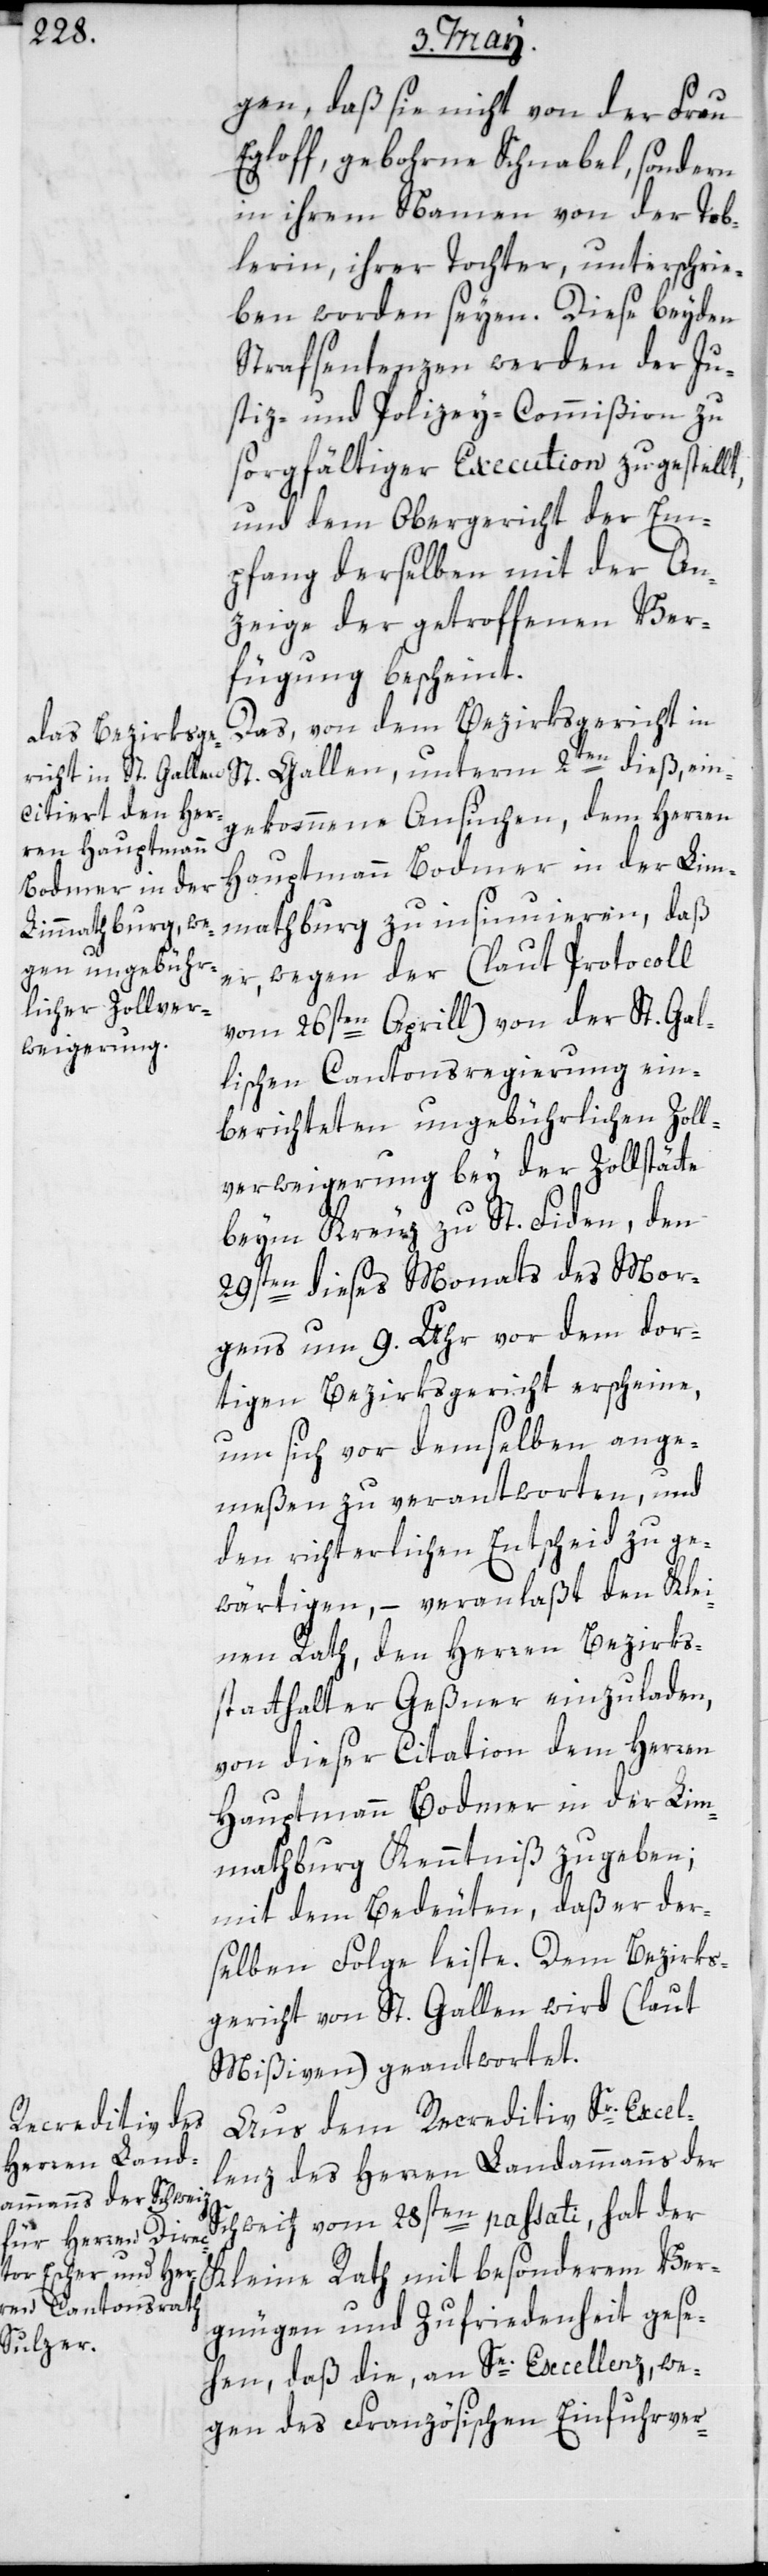
gen, daß sie nicht von der Frau
Egloff, gebohrne Schnabel, sondern
in ihrem Namen von der Tob¬
lerin, ihrer Tochter, unterschrie¬
ben worden seyen. Diese beyden
Strafsentenzen werden der Ju¬
stiz- und Polizey-Commißion zu
sorgfältiger Execution zugestellt,
und dem Obergericht der Em¬
pfang derselben mit der An¬
zeige der getroffenen Ver¬
fügung bescheint.
Das, von dem Bezirksgericht in
St. Gallen, unterm 2ten dieß, ein¬
gekommene Ansuchen, dem Herren
Hauptmann Bodmer in der Lim¬
mathburg zu insinuieren, daß
er, wegen der (laut Protocoll
vom 26sten Aprill) von der St. Gal¬
lischen Cantonsregierung ein¬
berichteten ungebührlichen Zoll¬
verweigerung bey der Zollstätte
beym Kreuz zu St. Fiden, den
29sten dieses Monats des Mor¬
gens um 9. Uhr vor dem dor¬
tigen Bezirksgericht erscheine,
um sich vor demselben ange¬
meßen zu verantworten, und
den richterlichen Entscheid zu ge¬
wärtigen, – veranlaßt den Klei¬
nen Rath, den Herren Bezirks¬
statthalter Geßner einzuladen,
von dieser Citation dem Herren
Hauptmann Bodmer in der Lim¬
mathburg Kenntniß zu geben;
mit dem Bedeuten, daß er der¬
selben Folge leiste. Dem Bezirks¬
gericht von St. Gallen wird (laut
Mißiven) geantwortet.
Aus dem Recreditiv Sr. Excel¬
lenz des Herren Landammanns der
Schweitz vom 28sten passati, hat der
Kleine Rath mit besonderem Ver¬
gnügen und Zufriedenheit gese¬
hen, daß die, an Se. Excellenz we¬
gen des Französischen Einfuhrver-